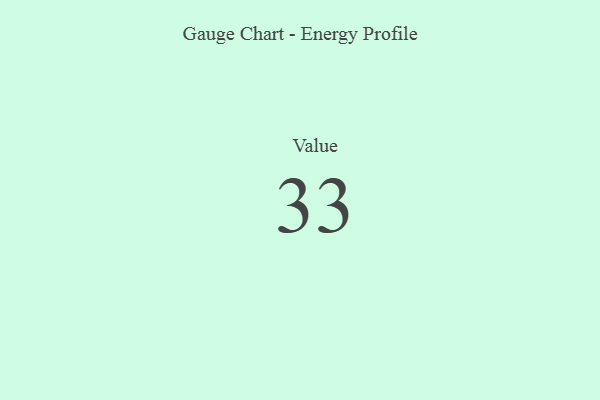
{"axis": {"x": "Metric", "y": "Value"}, "legend": [""], "data": [{"x": "Value", "y": 33, "type": ""}]}